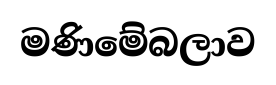
මණිමේබලාව